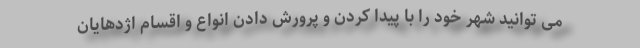
می توانید شهر خود را با پیدا کردن و پرورش دادن انواع و اقسام اژدهایان